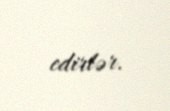
edirlər.